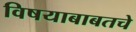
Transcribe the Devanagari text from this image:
विषयाबाबतचे